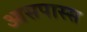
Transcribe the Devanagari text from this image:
आसपास्स